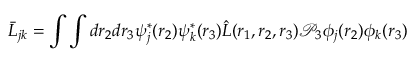
\bar { L } _ { j k } = \int \int d \boldsymbol { r } _ { 2 } d \boldsymbol { r } _ { 3 } \psi _ { j } ^ { * } ( \boldsymbol { r } _ { 2 } ) \psi _ { k } ^ { * } ( \boldsymbol { r } _ { 3 } ) \hat { L } ( \boldsymbol { r } _ { 1 } , \boldsymbol { r } _ { 2 } , \boldsymbol { r } _ { 3 } ) \mathcal { P } _ { 3 } \phi _ { j } ( \boldsymbol { r } _ { 2 } ) \phi _ { k } ( \boldsymbol { r } _ { 3 } )